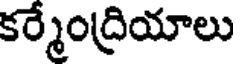
కర్మేంద్రియాలు